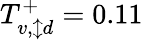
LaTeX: T_{v,\updownarrow d}^{+}=0.11